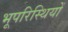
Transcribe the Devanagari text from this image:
भूपरिस्थियों